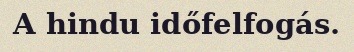
A hindu időfelfogás.